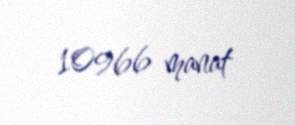
10966 manat